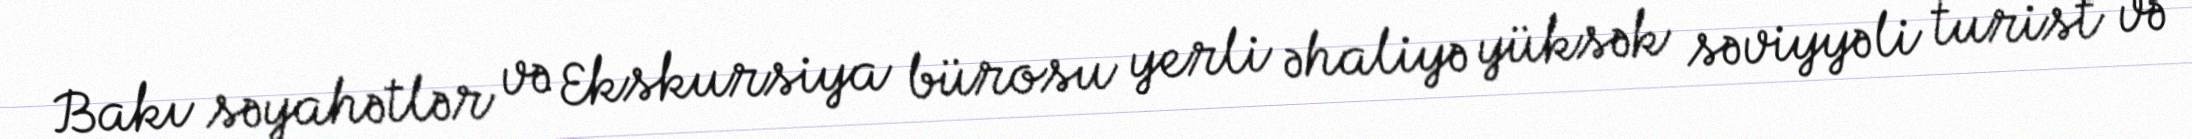
Bakı səyahətlər və Ekskursiya bürosu yerli əhaliyə yüksək səviyyəli turist və